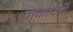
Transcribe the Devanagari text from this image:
वाकायचे